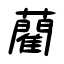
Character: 藺